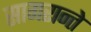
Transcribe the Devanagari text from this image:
सागरान्ते